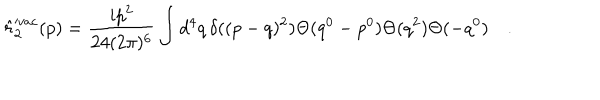
\hat { r } _ { 2 } ^ { v a c } ( p ) = \frac { i p ^ { 2 } } { 2 4 ( 2 \pi ) ^ { 6 } } \int d ^ { 4 } q \, \delta ( ( p - q ) ^ { 2 } ) \Theta ( q ^ { 0 } - p ^ { 0 } ) \Theta ( q ^ { 2 } ) \Theta ( - q ^ { 0 } ) \quad .